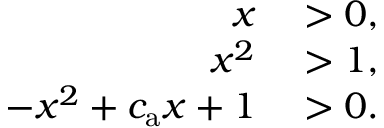
\begin{array} { r l } { x } & { { } > 0 , } \\ { x ^ { 2 } } & { { } > 1 , } \\ { - x ^ { 2 } + c _ { \mathrm { a } } x + 1 } & { { } > 0 . } \end{array}